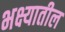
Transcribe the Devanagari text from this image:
भक्ष्यातील